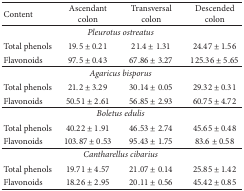
<table><thead><tr><td><b>Content</b></td><td><b>Ascendant colon</b></td><td><b>Transversal colon</b></td><td><b>Descended colon</b></td></tr></thead><tbody><tr><td> </td><td colspan="2"><i>Pleurotus ostreatus </i></td><td> </td></tr><tr><td>Total phenols</td><td>19.5 ± 0.21</td><td>21.4 ± 1.31</td><td>24.47 ± 1.56</td></tr><tr><td>Flavonoids</td><td>97.5 ± 0.43</td><td>67.86 ± 3.27</td><td>125.36 ± 5.65</td></tr><tr><td> </td><td colspan="2"><i>Agaricus bisporus </i></td><td> </td></tr><tr><td>Total phenols</td><td>21.2 ± 3.29</td><td>30.14 ± 0.05</td><td>29.32 ± 0.31</td></tr><tr><td>Flavonoids</td><td>50.51 ± 2.61</td><td>56.85 ± 2.93</td><td>60.75 ± 4.72</td></tr><tr><td> </td><td colspan="2"><i>Boletus edulis </i></td><td> </td></tr><tr><td>Total phenols</td><td>40.22 ± 1.91</td><td>46.53 ± 2.74</td><td>45.65 ± 0.48</td></tr><tr><td>Flavonoids</td><td>103.87 ± 0.53</td><td>95.43 ± 1.75</td><td>83.6 ± 0.58</td></tr><tr><td> </td><td colspan="2"><i>Cantharellus cibarius </i></td><td> </td></tr><tr><td>Total phenols</td><td>19.71 ± 4.57</td><td>21.07 ± 0.14</td><td>25.85 ± 1.42</td></tr><tr><td>Flavonoids</td><td>18.26 ± 2.95</td><td>20.11 ± 0.56</td><td>45.42 ± 0.85</td></tr></tbody></table>